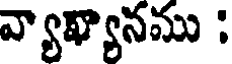
వ్యాఖ్యానము :